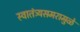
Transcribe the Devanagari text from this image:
स्वातंत्र्यसमरामुळे